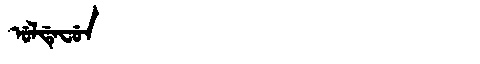
Manchu: ᡠᠯᡩᡝᠸᡠᠨ
Romanization: ULDEFUN